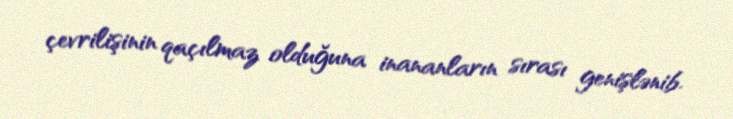
çevrilişinin qaçılmaz olduğuna inananların sırası genişlənib.